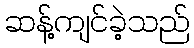
ဆန့်ကျင်ခဲ့သည်